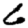
Digit: 6